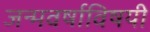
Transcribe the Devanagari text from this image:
जन्मवर्षाविषयी